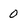
Character: 0